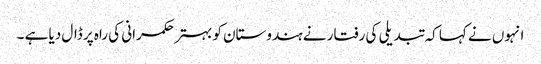
انہوں نے کہا کہ تبدیلی کی رفتار نے ہندوستان کو بہتر حکمرانی کی راہ پر ڈال دیا ہے ۔